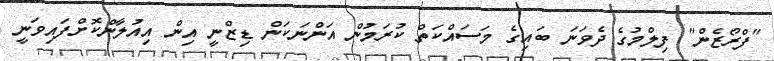
"ފްރޯޒެން" ފިލްމުގެ ދެވަނަ ބައިގެ މަސައްކަތް ކުރަމުން އަންނަކަން ޑިޒްނީ އިން އިއުލާންކޮށްފައިވަނީ